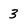
Character: 3